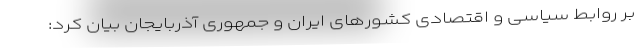
بر روابط سیاسی و اقتصادی کشورهای ایران و جمهوری آذربایجان بیان کرد: